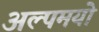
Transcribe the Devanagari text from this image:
अल्पमयो